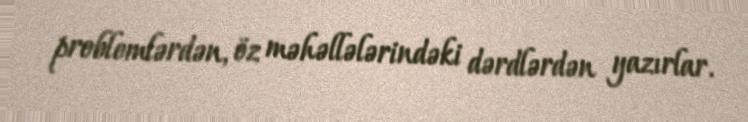
problemlərdən, öz məhəllələrindəki dərdlərdən yazırlar.